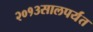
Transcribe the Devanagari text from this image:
२०१३सालपर्यंत